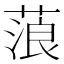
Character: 蒗